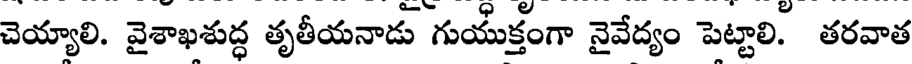
చెయ్యాలి. వైశాఖశుద్ధ తృతీయనాడు గుయుక్తంగా నైవేద్యం పెట్టాలి. తరవాత